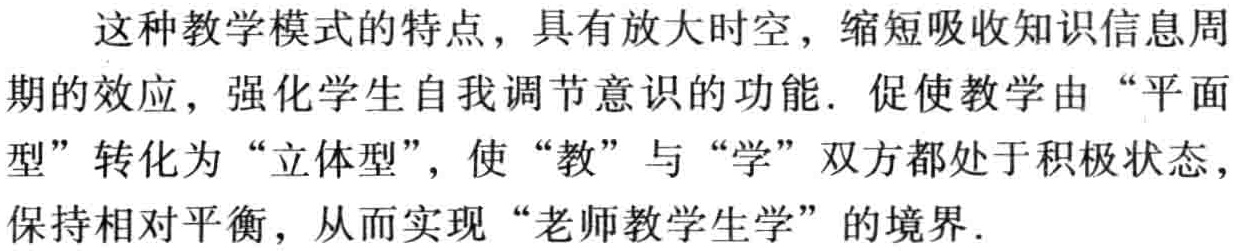
这种教学模式的特点，具有放大时空，缩短吸收知识信息周期的效应，强化学生自我调节意识的功能. 促使教学由“平面型”转化为“立体型”，使“教”与“学”双方都处于积极状态，保持相对平衡，从而实现“老师教学生学”的境界.